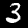
Digit: 3